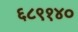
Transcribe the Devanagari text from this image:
६८९१४०